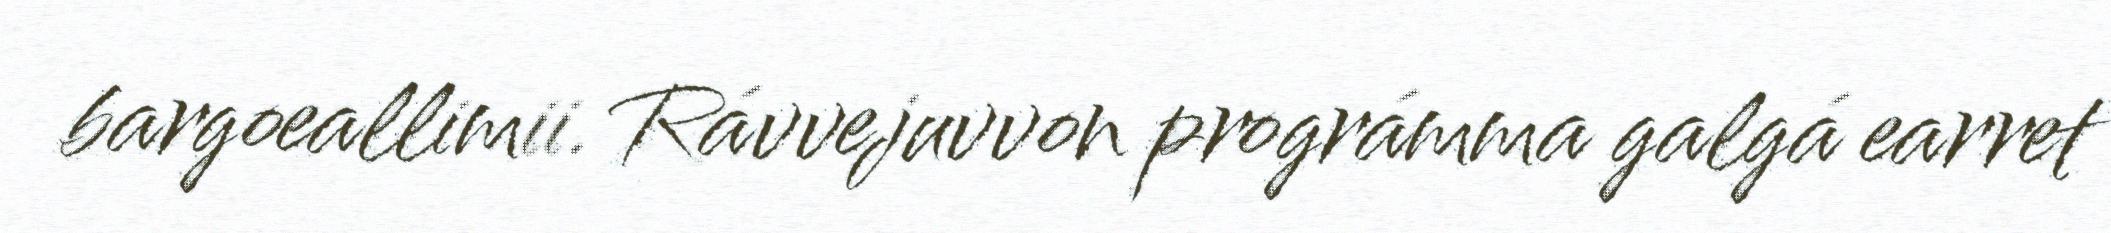
bargoeallimii. Rávvejuvvon prográmma galgá earret